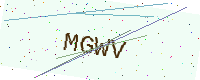
Text: MGWV